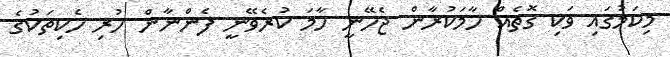
މިކަމުގައި ވަކި ގޮތެއް ހާމަކުރާން ޖެހޭނީ ހާމަ ކުރެވޭނީ ފެންނާން ހުރި ހެކިތަކުގެ